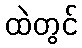
ထဲတွင်